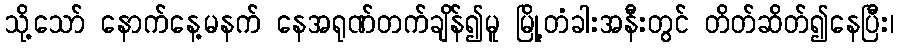
သို့သော် နောက်နေ့မနက် နေအရုဏ်တက်ချိန်၍မူ မြို့တံခါးအနီးတွင် တိတ်ဆိတ်၍နေပြီး၊